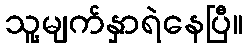
သူ့မျက်နှာရဲနေပြီ။